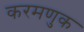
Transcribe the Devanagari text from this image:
करमणुक